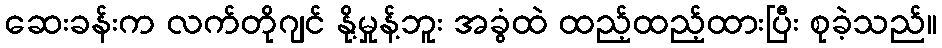
ဆေးခန်းက လက်တိုဂျင် နို့မှုန့်ဘူး အခွံထဲ ထည့်ထည့်ထားပြီး စုခဲ့သည်။